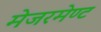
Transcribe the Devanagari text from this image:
मेजरमेण्ट